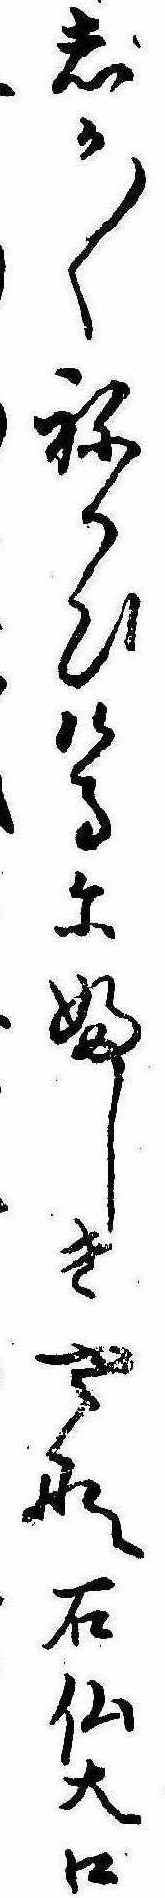
しか〱ねかひけるにふしぎやな石仏大口